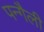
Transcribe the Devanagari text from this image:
पन्गैली